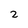
Character: 2